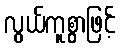
လွယ်ကူစွာဖြင့်